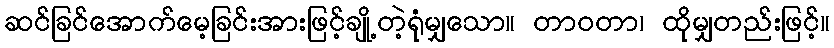
ဆင်ခြင်အောက်မေ့ခြင်းအားဖြင့်ချို့တဲ့ရုံမျှသော။ တာဝတာ၊ ထိုမျှတည်းဖြင့်။